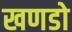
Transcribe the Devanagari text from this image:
खणडो